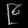
Digit: ၉